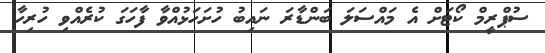
ސުޕްރީމް ކޯޓަށް އެ މައްސަލަ ބަންޑާރަ ނައިބު ހުށަހަޅުއްވާ ފާހަގަ ކުރެއްވި ހުރިހާ